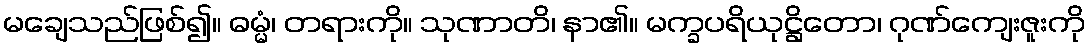
မချေသည်ဖြစ်၍။ ဓမ္မံ၊ တရားကို။ သုဏာတိ၊ နာ၏။ မက္ခပရိယုဋ္ဌိတော၊ ဂုဏ်ကျေးဇူးကို